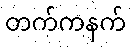
တက်ကနက်